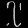
Digit: ၇